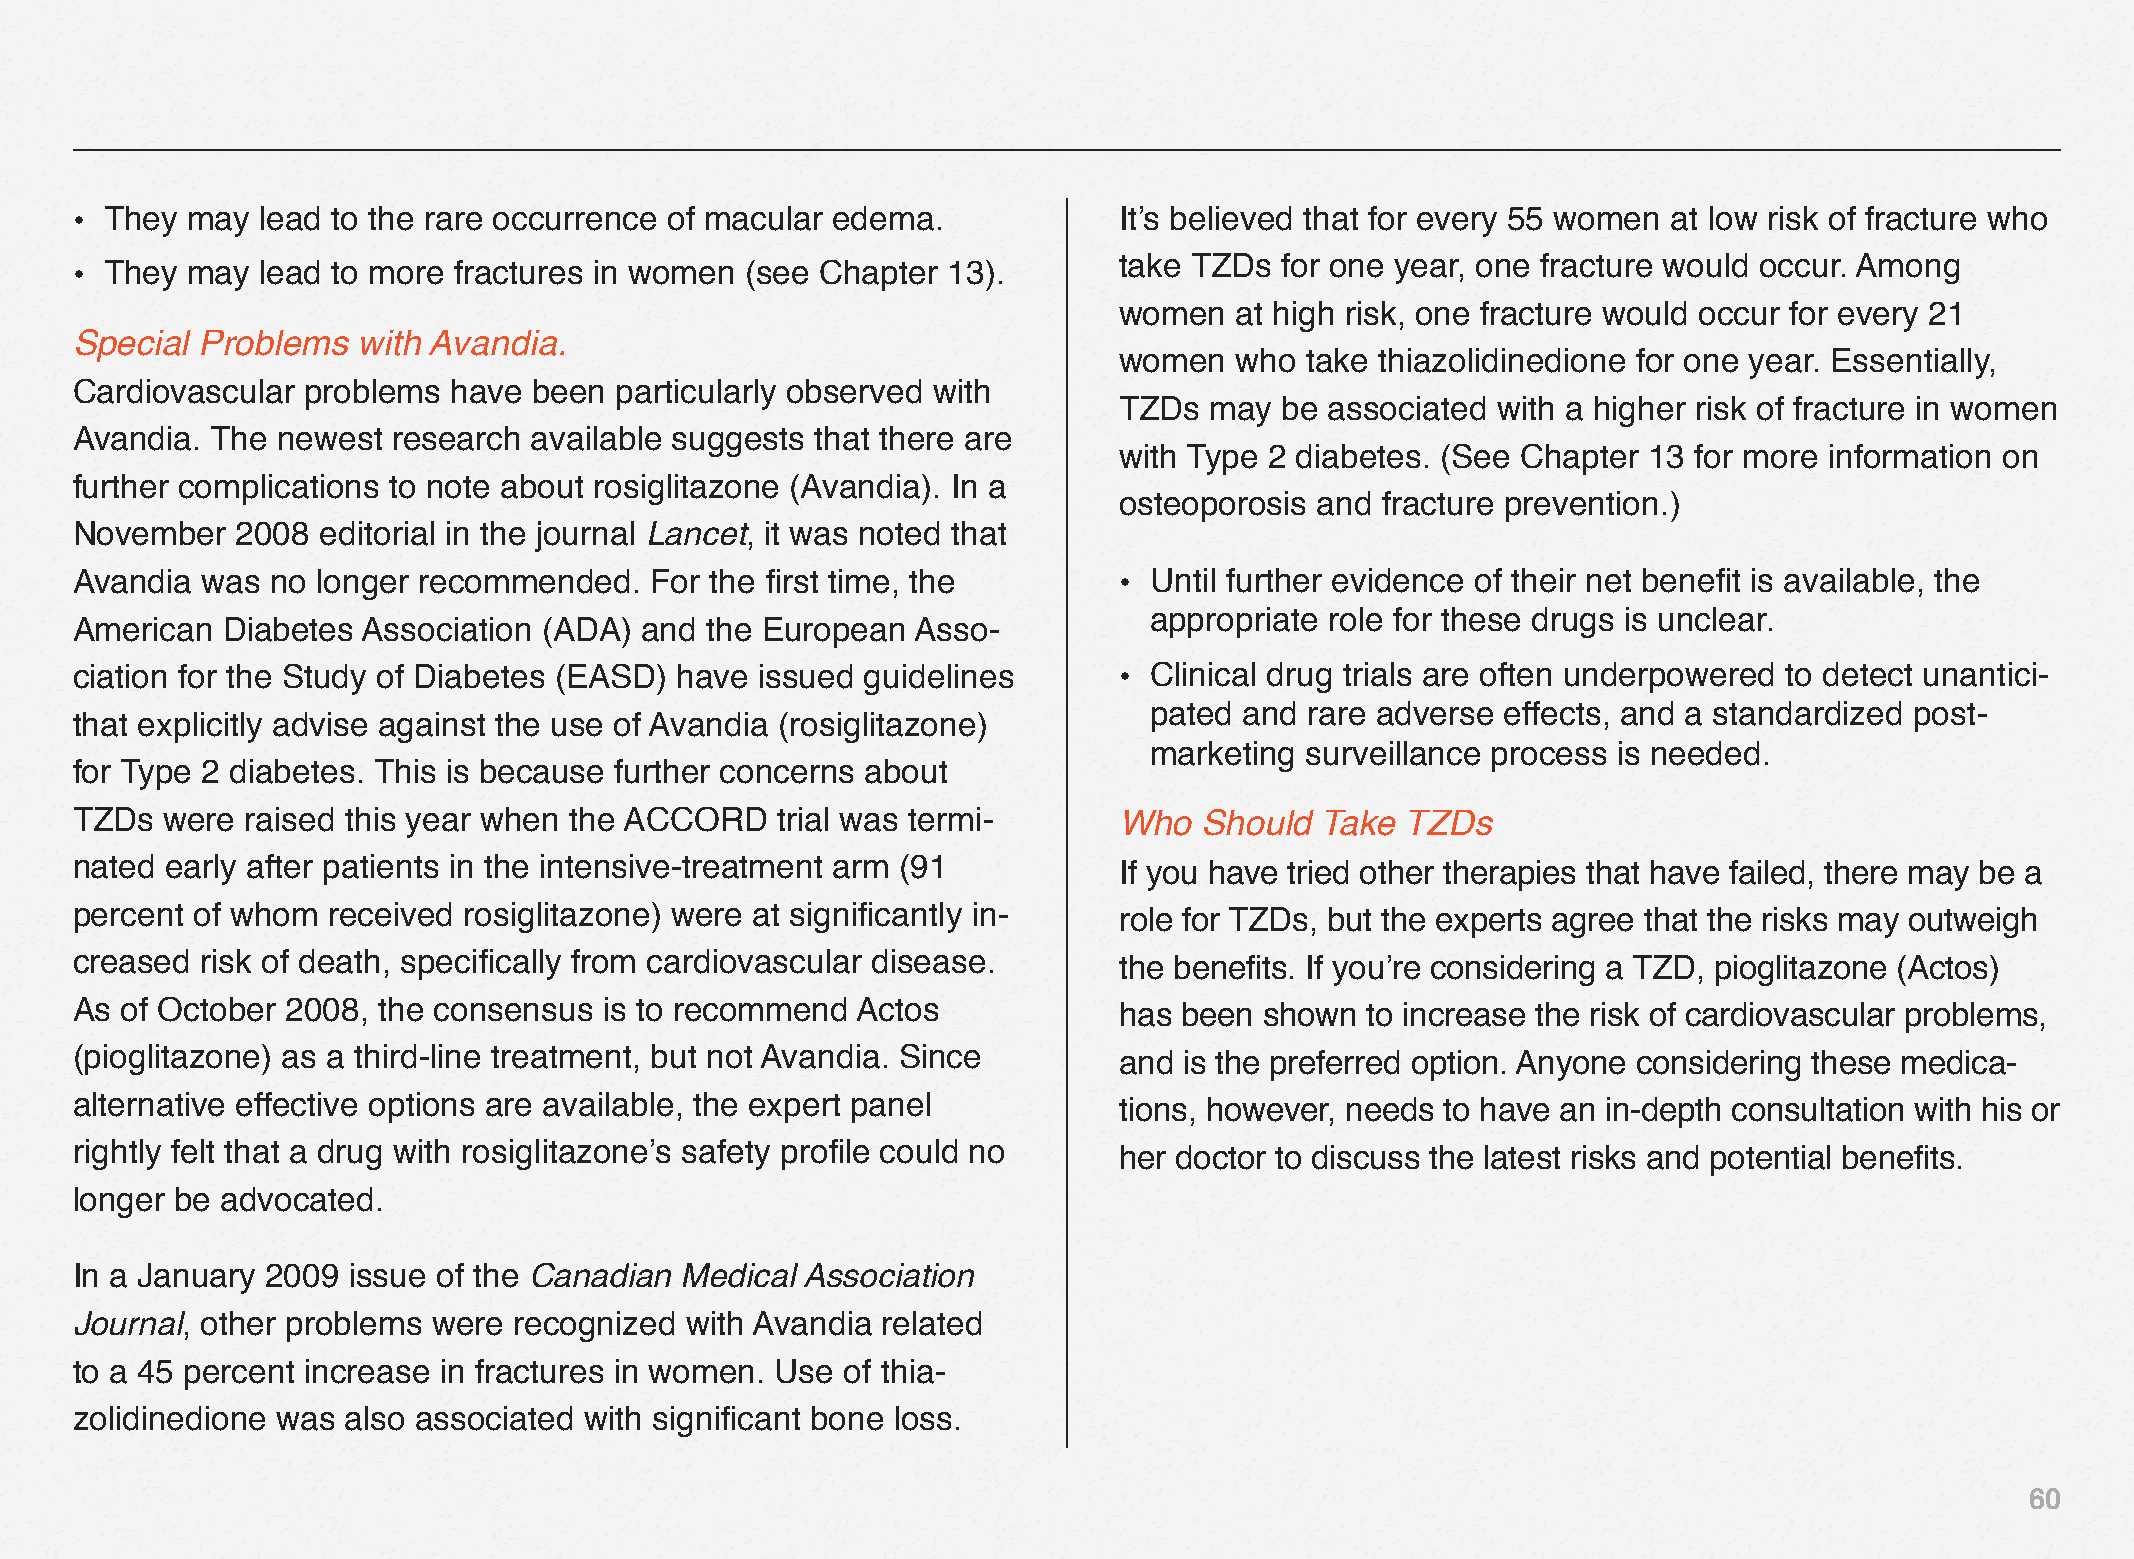
• They may  lead to the rare occurrence of macular edema.            It’s believed that for every 55 women at low risk of fracture who
 take TZDs  for one year, one fracture would occur. Among
 • They may  lead to more fractures in women (see Chapter  13).
 women   at high risk, one fracture would occur for every 21
 Special Problems   with Avandia.
 women   who take thiazolidinedione for one year. Essentially,
 Cardiovascular problems  have been  particularly observed with
 TZDs  may  be associated with a higher risk of fracture in women
 Avandia. The newest  research available suggests that there are
 with Type 2 diabetes. (See Chapter 13 for more information on
 further complications to note about rosiglitazone (Avandia). In a
 osteoporosis and fracture prevention.)
 November   2008 editorial in the journal Lancet, it was noted that
 Avandia was  no longer recommended.   For the first time, the        • Until further evidence of their net benefit is available, the
 appropriate role for these drugs is unclear.
 American  Diabetes Association (ADA) and  the European  Asso-
 ciation for the Study of Diabetes (EASD) have issued guidelines      • Clinical drug trials are often underpowered to detect unantici-
 pated and  rare adverse effects, and a standardized post-
 that explicitly advise against the use of Avandia (rosiglitazone)
 marketing surveillance process is needed.
 for Type 2 diabetes. This is because further concerns about
 TZDs  were raised this year when the ACCORD   trial was termi-       Who   Should Take  TZDs
 nated early after patients in the intensive-treatment arm (91        If you have tried other therapies that have failed, there may be a
 percent of whom  received rosiglitazone) were at significantly in-   role for TZDs, but the experts agree that the risks may outweigh
 creased risk of death, specifically from cardiovascular disease.     the benefits. If you’re considering a TZD, pioglitazone (Actos)
 As of October 2008, the consensus  is to recommend  Actos            has been  shown to increase the risk of cardiovascular problems,
 (pioglitazone) as a third-line treatment, but not Avandia. Since     and is the preferred option. Anyone considering these medica-
 alternative effective options are available, the expert panel        tions, however, needs to have an in-depth consultation with his or
 rightly felt that a drug with rosiglitazone’s safety profile could no her doctor to discuss the latest risks and potential benefits.
 longer be advocated.
 In a January 2009 issue of the Canadian Medical Association
 Journal, other problems were recognized with Avandia related
 to a 45 percent increase in fractures in women. Use of thia-
 zolidinedione was also associated with significant bone loss.
 60